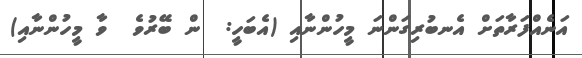
އަނެއްފަރާތަށް އެނބުރިގަންނަ މީހުންނާއި (އެބަހީ:  ން ބޭރުވެ  ވާ މީހުންނާއި)